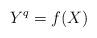
LaTeX: \begin{align*} Y^{q}=f(X)\end{align*}